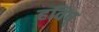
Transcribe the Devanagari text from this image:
हविष्